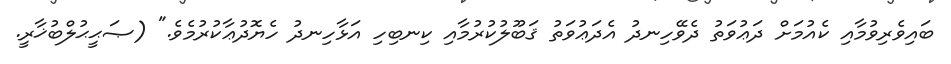
ބައިވެރިވުމާއި ކެއުމަށް ދަޢުވަތު ދެވޭހިނދު އެދަޢުވަތު ޤަބޫލުކުރުމާއި ކިނބިހި އަޅާހިނދު ހެޔޮދުޢާކުރުމެވެ." (ޞަޙީޙުލްބުޚާރީ.